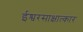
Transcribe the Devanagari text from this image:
ईश्वरसाक्षात्कार